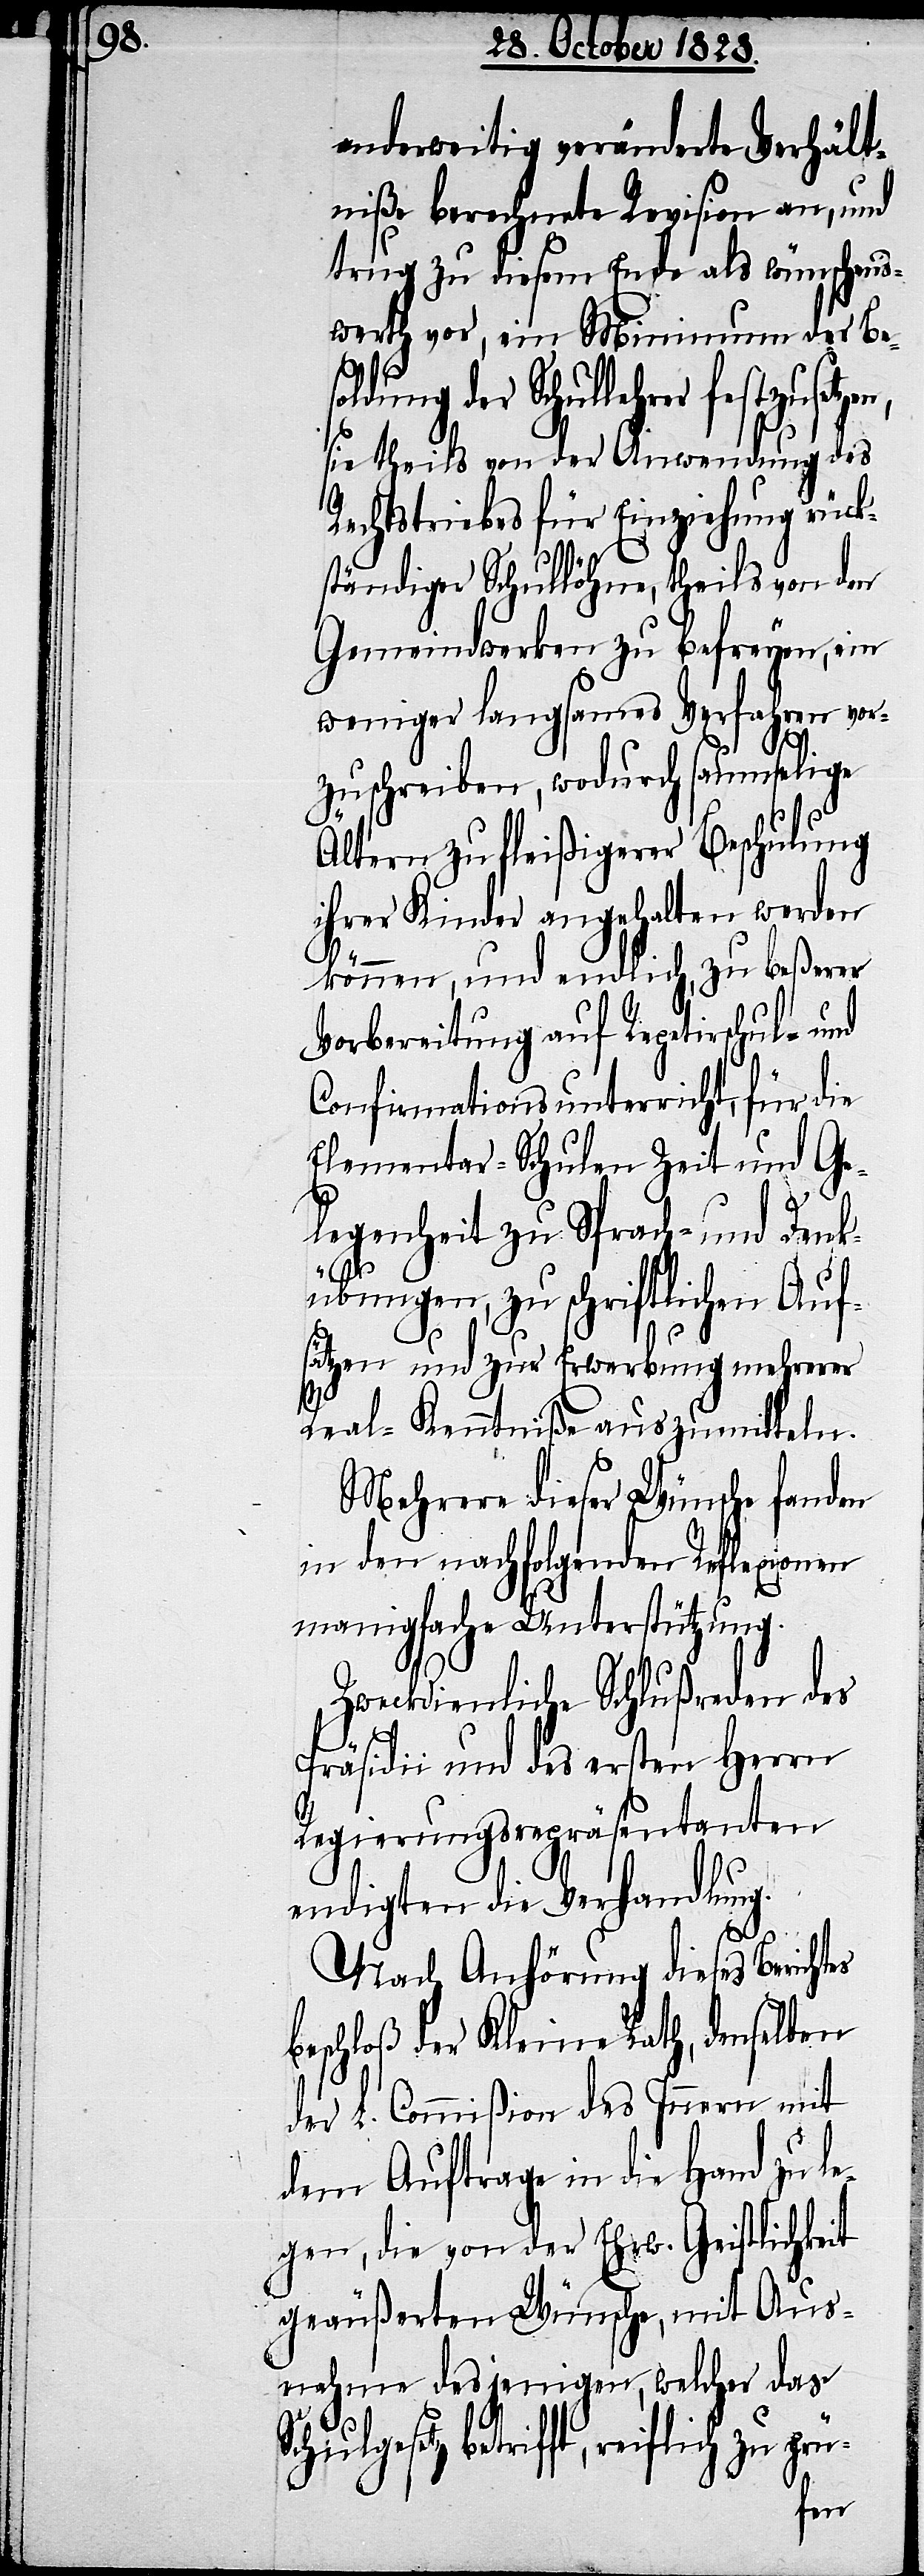
anderweitig veränderte Verhält¬
niße berechnete Revision an, und
trug zu diesem Ende als wünschens¬
werth vor, ein Minimum der Bes¬
oldung der Schullehrer festzu¬
sie theils von der Anwendung des
Rechtstriebes für Einziehung rück¬
ständiger Schullöhne, theils von den
Gemeindwerken zu befreyen, ein
weniger langsames Verfahren vor¬
zuschreiben, wodurch saumselige
Ältern zu fleißigerer Beschulung
ihrer Kinder angehalten werden
können, und endlich, zu beßerer
Vorbereitung auf Repetirschul- und
Confirmationsunterricht, für die
Elementar-Schulen Zeit und Ge¬
legenheit zu Sprach- und Denk¬
set¬
übungen, zu schriftlichen Auf¬
sätzen und zur Erwerbung mehrerer
Real-Kentniße auszumitteln.
Mehrere dieser Wünsche fanden
in den nachfolgenden Reflexionen
manigfache Unterstützung.
Zweckdienliche Schlußreden des
Präsidii und des ersten Herrn
Regierungsrepräsentanten
es
endigten die Verhandlung.
Nach Anhörung dieses Bericht¬
beschloß der Kleine Rath, denselben
der L. Commißion des Innern mit
dem Auftrage in die Hand zule¬
gen, die von der Ehrw. Geistlichkeit
geäußerten Wünsche, mit Aus¬
nahme desjenigen, welcher das
Schulgesetz betrifft, reiflich zu
zen,